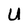
Character: U